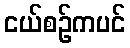
ငယ်စဉ်ကပင်